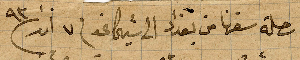
تابع رحلة سفرنا من بغداد الى شيكاغو في ٧ اذار ١٨٩٣